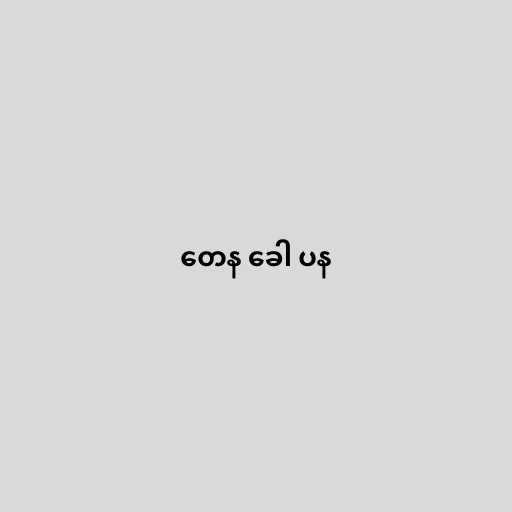
တေန ခေါ ပန